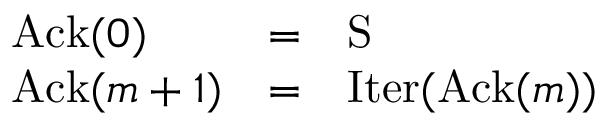
\begin{array} { l c l } { \operatorname { A c k } ( 0 ) } & { = } & { \operatorname { S } } \\ { \operatorname { A c k } ( m + 1 ) } & { = } & { \operatorname { I t e r } ( \operatorname { A c k } ( m ) ) } \end{array}